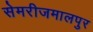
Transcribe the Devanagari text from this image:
सेमरीजमालपुर